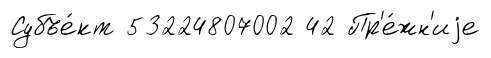
Субъе́кт 53224807002 42 Пр'е́жн'иjе